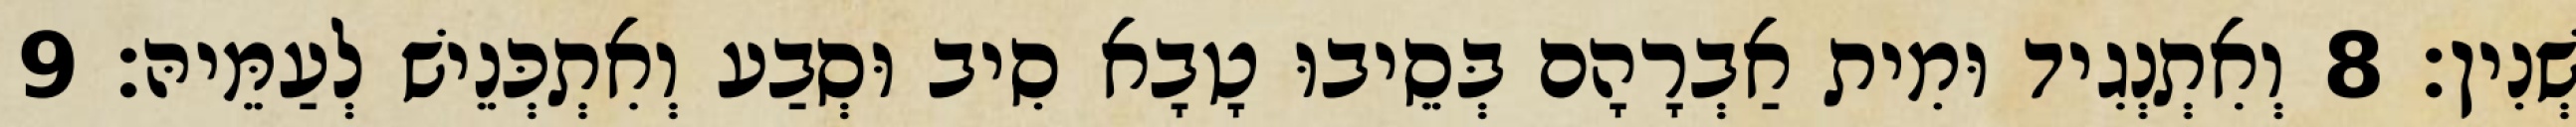
שְׁנִין׃ 8 וְאִתְנְגִיד וּמִית אַבְרָהָם בְּסֵיבוּ טָבָא סִיב וּסְבַע וְאִתְכְּנֵישׁ לְעַמֵּיהּ׃ 9